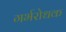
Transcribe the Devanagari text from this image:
गर्भरोधक